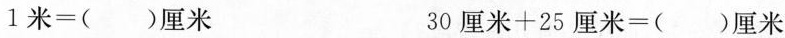
$$1 米 = ( ) 厘 米$$ $$3 0 厘 米 + 2 5 厘 米 = ( ) 厘 米$$